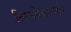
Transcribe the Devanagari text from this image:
लिओपोल्डो